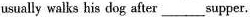
usually walks his dog after___ supper.